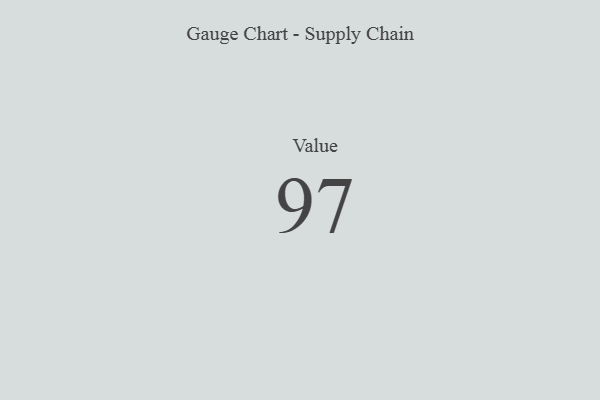
{"axis": {"x": "Metric", "y": "Value"}, "legend": [""], "data": [{"x": "Value", "y": 97, "type": ""}]}